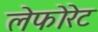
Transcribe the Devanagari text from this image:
लेफोरेट